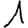
Digit: 1